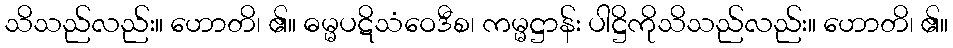
သိသည်လည်း။ ဟောတိ၊ ၏။ ဓမ္မပဋိသံဝေဒီစ၊ ကမ္မဋ္ဌာန်း ပါဋ္ဌိကိုသိသည်လည်း။ ဟောတိ၊ ၏။